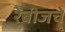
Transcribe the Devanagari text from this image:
रेबीजचे